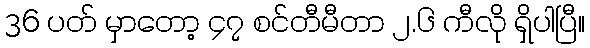
36 ပတ် မှာတော့ ၄၇ စင်တီမီတာ ၂.၆ ကီလို ရှိပါပြီ။